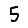
Digit: 5